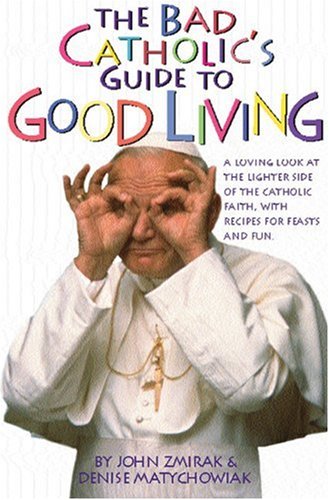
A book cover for The Bad Catholic's Guide to Good Living: A Loving Look at the Lighter Side of Catholic Faith, with Recipes for Feasts and Fun; John Zmirak; Humor & Entertainment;